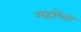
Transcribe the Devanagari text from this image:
महारेतर